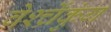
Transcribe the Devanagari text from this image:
वेर्श्च्रेंकुंग